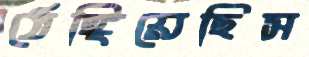
ঠেঙ্গিয়েছিস